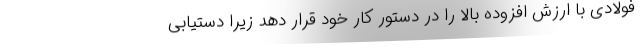
فولادی با ارزش افزوده بالا را در دستور کار خود قرار دهد زیرا دستیابی